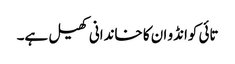
تائی کوانڈو ان کا خاندانی کھیل ہے۔